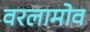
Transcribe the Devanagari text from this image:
वरलामोव